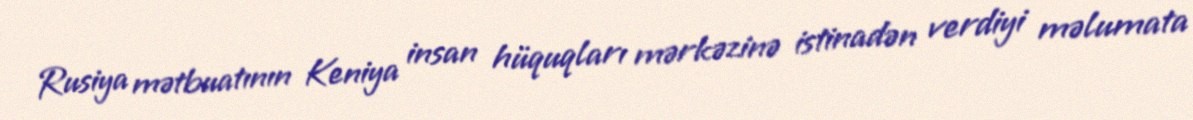
Rusiya mətbuatının Keniya insan hüquqları mərkəzinə istinadən verdiyi məlumata